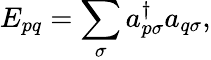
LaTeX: E_{pq}=\sum_{\sigma}a_{p\sigma}^{\dagger}a_{q\sigma},